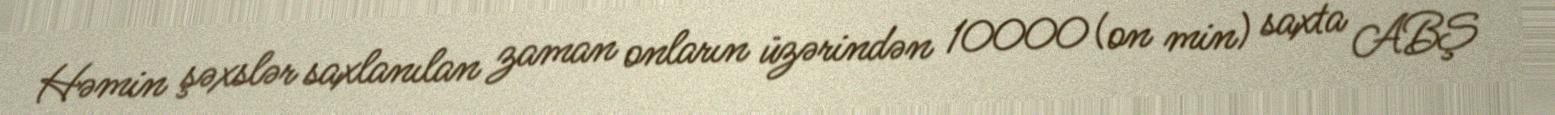
Həmin şəxslər saxlanılan zaman onların üzərindən 10000 (on min) saxta ABŞ